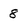
Character: 8